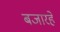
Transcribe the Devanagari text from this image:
बजारहे